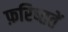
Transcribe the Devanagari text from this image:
फ़रिष्ततें